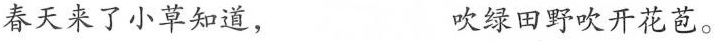
春天来了小草知道， 吹绿田野吹开花苞。